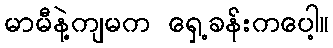
မာမီနဲ့ကျမက ရှေ့ခန်းကပေါ့။